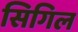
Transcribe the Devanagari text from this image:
सिगिल